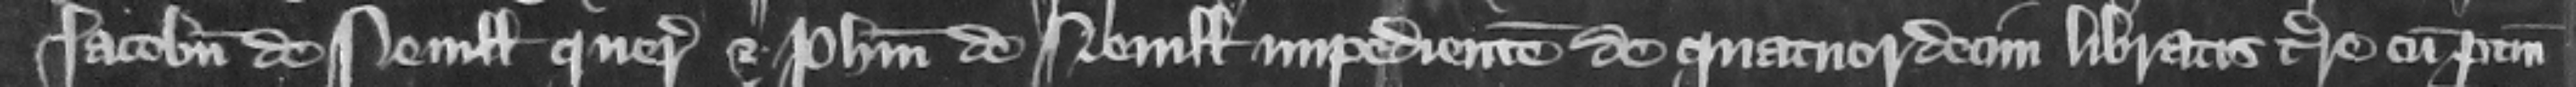
Iacobum de Neuille querentem et Philippum de Neuille impedientem de quatuordecim libratis terre cum pertinencis